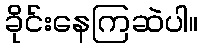
ခိုင်းနေကြဆဲပါ။